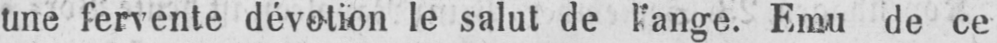
une fervente dévotion le salut de l’ange. Emu de ce